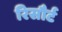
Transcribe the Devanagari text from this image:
रिसौर्ट